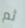
ثم